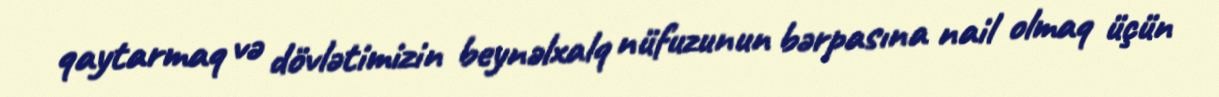
qaytarmaq və dövlətimizin beynəlxalq nüfuzunun bərpasına nail olmaq üçün